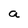
Character: a